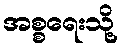
အစ္စရေးသို့